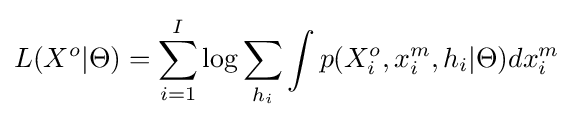
L(X^{o}|\Theta )=\sum _{i=1}^{I}\log \sum _{h_{i}}\int p(X_{i}^{o},x_{i}^{m},h_{i}|\Theta )dx_{i}^{m}